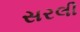
સરલી